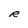
Character: R